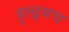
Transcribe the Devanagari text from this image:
हुल्द्र्यच